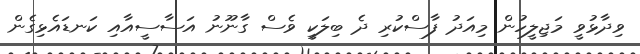
ވިދާޅުވީ މަޖިލީހުން މިއަދު ފާސްކުރި ދެ ބިލަކީ ވެސް ގާނޫނު އަސާސީއާއި ކަނޑައެޅިގެން